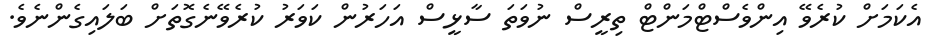
އެކަމަށް ކުރެވޭ އިންވެސްޓްމަންޓް ތިރީސް ނުވަތަ ސާޅީސް އަހަރުން ކަވަރު ކުރެވޭނެގޮތަށް ބަލައިގެންނެވެ.